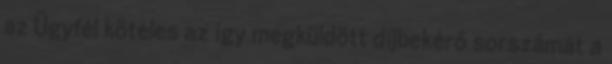
az Ügyfél köteles az így megküldött díjbekérő sorszámát a